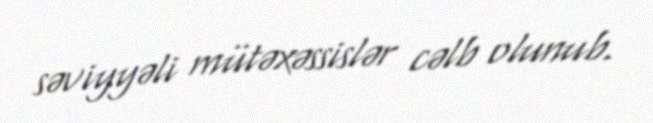
səviyyəli mütəxəssislər cəlb olunub.